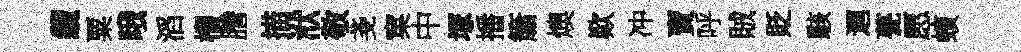
纜粟哦滔榴謄描洑敬戔窠中塚播簫燠歎冲賣呼賊貶駭迴甆愿蠙